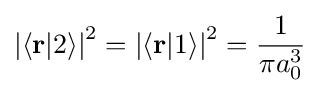
{{\left|\left\langle \mathbf {r} |2\right\rangle \right|}^{2}}={{\left|\left\langle \mathbf {r} |1\right\rangle \right|}^{2}}={\frac {1}{\pi a_{0}^{3}}}